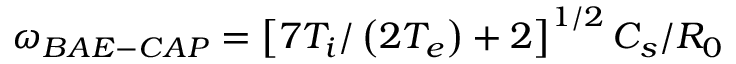
\omega _ { B A E - C A P } = \left[ 7 T _ { i } / \left( 2 T _ { e } \right) + 2 \right] ^ { 1 / 2 } C _ { s } / R _ { 0 }